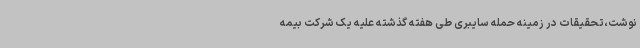
نوشت،تحقیقات در زمینه حمله سایبری طی هفته گذشته علیه یک شرکت بیمه